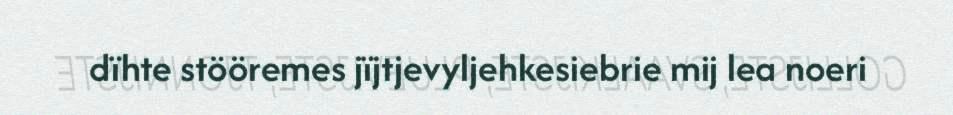
dïhte stööremes jïjtjevyljehkesiebrie mij lea noeri